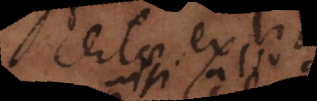
certi ex ligno